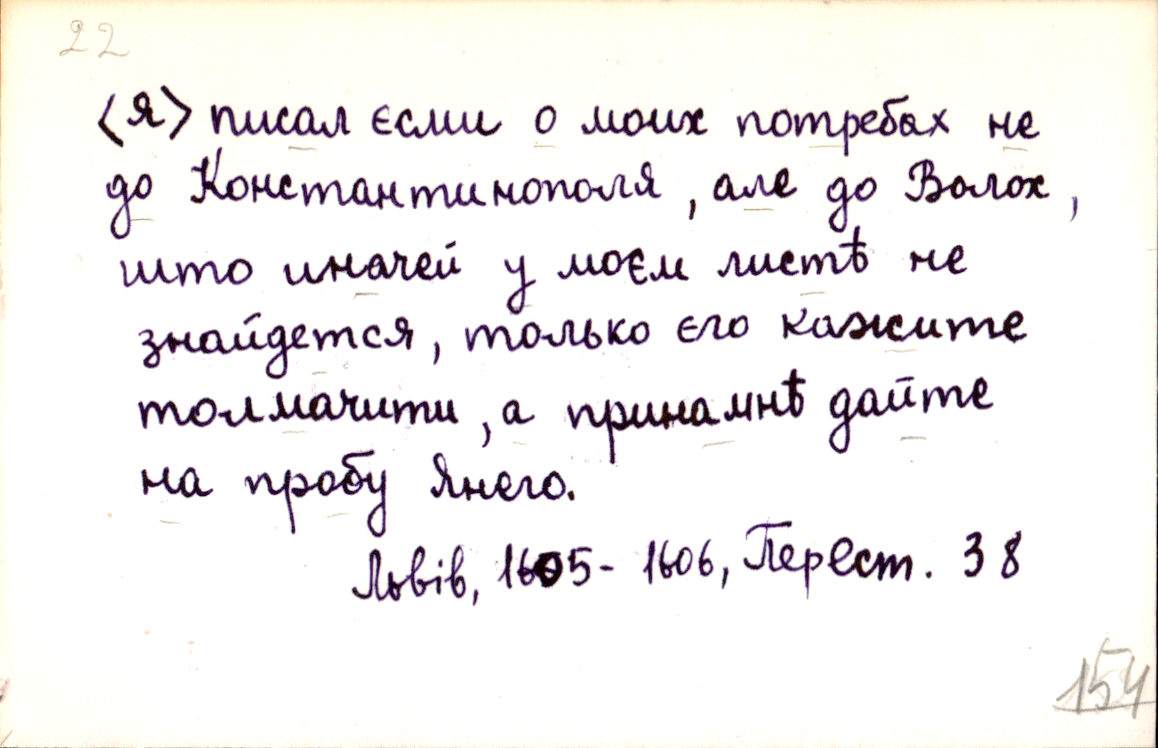
(я) писал єсми о моих потребах не
до Константинополя, але до Волох,
што иначей у моєм листѣ не
знайдется, только єго кажите
толмачити, а принамнѣ дайте
на пробу Янего.
Львів, 1605-1606, Перест. 38